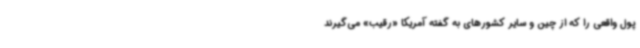
پول واقعی را که از چین و سایر کشورهای به گفته آمریکا «رقیب» می‌گیرند